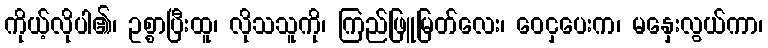
ကိုယ့်လိုပါ၏၊ ဥစ္စာပြီးထူ၊ လိုသသူကို၊ ကြည်ဖြူမြတ်လေး၊ ဝေငှပေးက၊ မနှေးလွယ်ကာ၊